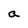
Character: a